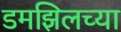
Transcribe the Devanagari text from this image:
डमझिलच्या